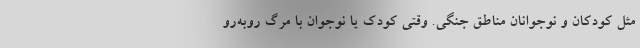
مثل کودکان و نوجوانان مناطق جنگی. وقتی کودک یا نوجوان با مرگ روبه‌رو